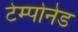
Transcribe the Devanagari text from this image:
टेम्पोनेड